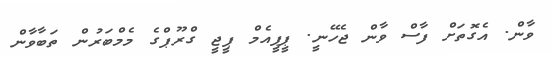
ވާން. އެގޮތަށް ފާސް ވާން ޖެހޭނީ. ޕީޕީއެމް ޕީޖީ ގްރޫޕްގެ މެމްބަރުން ތަބާވާން